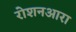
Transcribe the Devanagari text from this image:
रोशनआरा